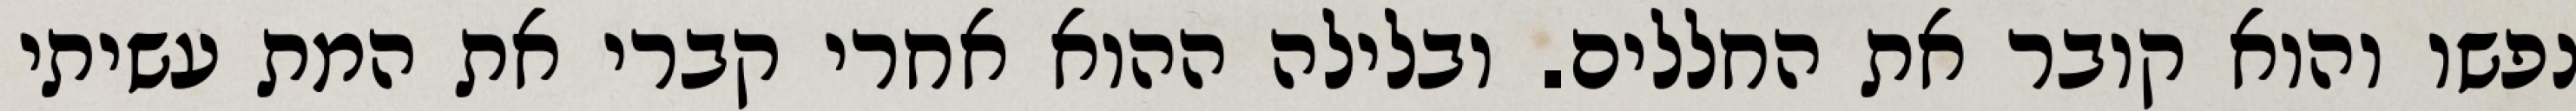
נפשו והוא קובר את החללים. ובלילה ההוא אחרי קברי את המת עשיתי